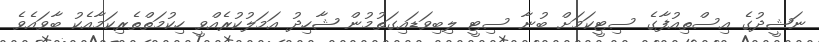
ނަޝީދުގެ އިސްތިއުފާގެ ސިޓީކަމަށް ބުނާ ސިޓީ ލިބިވަޑައިގަތުމުން ޝާހިދު އަމަލުކުރެއްވީ ހިކުމަތްތެރިކަމާއެކު ބާވައެވެ